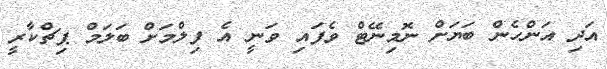
އަދި އަންހެން ބަޔަށް ނޮމިނޭޓް ވެފައި ވަނީ އެ ފިލްމަށް ބަލަމް ޕިޗްކާރީ